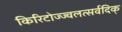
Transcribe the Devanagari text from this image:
किरिटोज्ज्वलत्सर्वदिक्‌